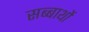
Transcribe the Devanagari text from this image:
सब्बाथों